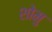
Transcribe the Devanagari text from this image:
शोमु